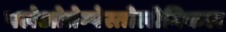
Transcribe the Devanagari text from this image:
पलेओतेम्पेस्तोलोगिकल